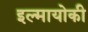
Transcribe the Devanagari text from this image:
इल्मायोकी